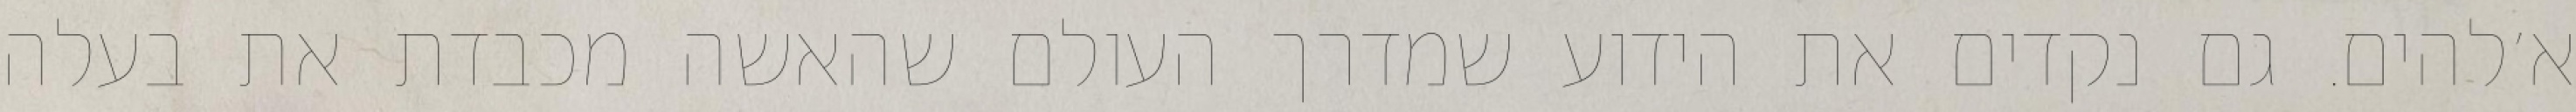
א׳להים. גם נקדים את הידוע שמדרך העולם שהאשה מכבדת את בעלה